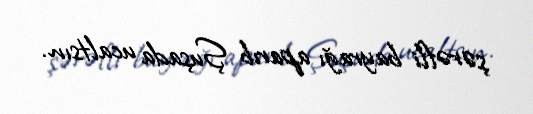
şərəfli bayrağı aparıb Şuşada ucaltsın.